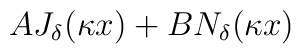
AJ_\delta(\kappa x )+BN_\delta(\kappa x )